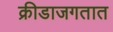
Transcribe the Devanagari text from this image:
क्रीडाजगतात